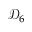
{ \mathcal { D } } _ { 6 }